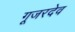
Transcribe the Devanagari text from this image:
गूजरदेव